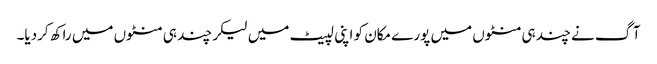
آگ نے چند ہی منٹوں میں پورے مکان کو اپنی لپیٹ میں لیکر چند ہی منٹوں میں راکھ کردیا۔